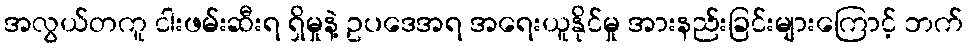
အလွယ်တကူ ငါးဖမ်းဆီးရ ရှိမှုနဲ့ ဥပဒေအရ အရေးယူနိုင်မှု အားနည်းခြင်းများကြောင့် ဘက်